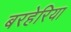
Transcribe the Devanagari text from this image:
बरहेरिया